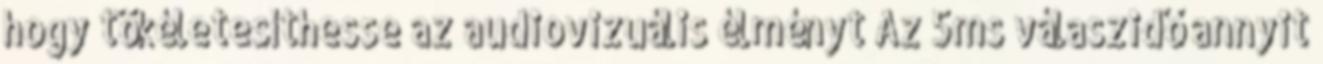
hogy tökéletesíthesse az audiovizuális élményt Az 5ms válaszidő annyit